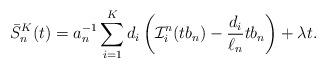
LaTeX: \begin{align*} \bar{S}_n^K(t)= a_n^{-1} \sum_{i=1}^Kd_i\left( \mathcal{I}_i^n(tb_n)-\frac{d_i}{\ell_n}tb_n \right)+\lambda t.\end{align*}